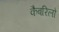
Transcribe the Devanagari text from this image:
कैबरिलो